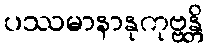
ပဿမာနာနုကုဗ္ဗန္တိ